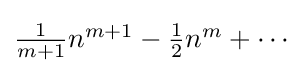
{\textstyle {\frac {1}{m+1}}n^{m+1}-{\frac {1}{2}}n^{m}+\cdots }